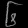
Digit: ၆